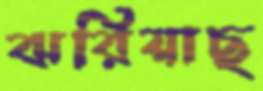
ঝরিয়াছ